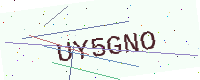
Text: UY5GNO